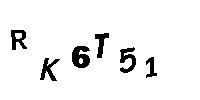
RK6T51